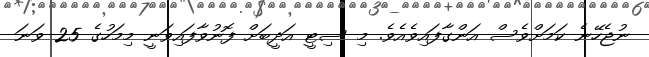
ނުޖެހޭނެ ކަމަށްވެސް އަންގާފައިވެއެވެ. މި ސިޓީ އަދީބަށް ފޮނުވާފައިވަނީ މިމަހުގެ 25 ވަނަ